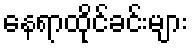
နေရာထိုင်ခင်းများ